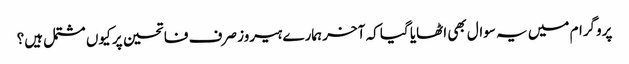
پروگرام میں یہ سوال بھی اٹھایا گیا کہ آخر ہمارے ہیروز صرف فاتحین پر کیوں مشتمل ہیں؟